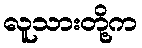
လူသားတို့က